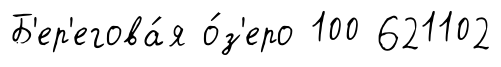
Б'ер'егова́я о́з'еро 100 621102